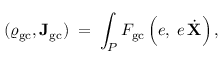
( \varrho _ { \mathrm { g c } } , { \bf J } _ { \mathrm { g c } } ) \; = \; \int _ { P } F _ { \mathrm { g c } } \left( e , \frac { } { } e \, \dot { \bf X } \right) ,